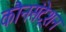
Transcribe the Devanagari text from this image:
कौनसंट्रेशन